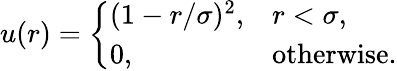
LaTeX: \mathinner{u\mathopen{\left(r\right)}}=\left\{ \begin{array}{ll}{(1-r/\sigma)^{2},}&{r<\sigma,}\\ {0,}&{\mathrm{otherwise}.}\end{array}\right.